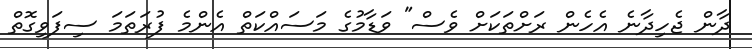
ދާން ޖެހިދާނެ އެހެން ރަށްތަކަށް ވެސް" ވަޑާމުގެ މަސައްކަތް އެންމެ ފުރަތަމަ ސިފަވިގޮތް